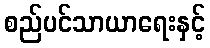
စည်ပင်သာယာရေးနှင့်